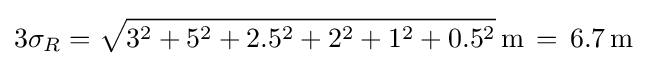
3\sigma _{R}={\sqrt {3^{2}+5^{2}+2.5^{2}+2^{2}+1^{2}+0.5^{2}}}\,\mathrm {m} \,=\,6.7\,\mathrm {m}